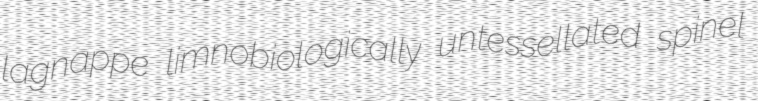
lagnappe limnobiologically untessellated spinel